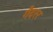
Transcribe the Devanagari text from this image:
गैदरर